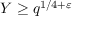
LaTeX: Y \geq q ^ { 1 / 4 + \varepsilon }